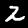
Label: 2